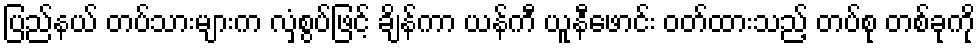
ပြည်နယ် တပ်သားများက လှံစွပ်ဖြင့် ချိန်ကာ ယန်ကီ ယူနီဖောင်း ဝတ်ထားသည့် တပ်စု တစ်ခုကို